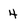
Character: 4